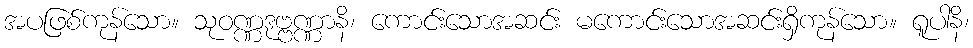
အပဖြစ်ကုန်သော။ သုဝဏ္ဏဒုဗ္ဗဏ္ဏာနိ၊ ကောင်းသောအဆင်း မကောင်းသောအဆင်းရှိကုန်သော။ ရူပါနိ၊